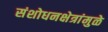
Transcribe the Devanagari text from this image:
संशोधनक्षेत्रांमुळे